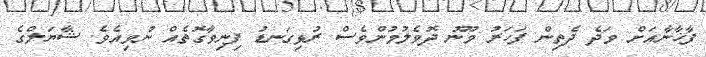
ފާޚާނާއަށް ވަދެ ދެތިން ފަހަރު މޫނު ދޮވެލުމުންވެސް ރުޅިގަނޑު ފިނިވާގޮތެއް ނުވިއެވެ. ޝާޔަލްގެ